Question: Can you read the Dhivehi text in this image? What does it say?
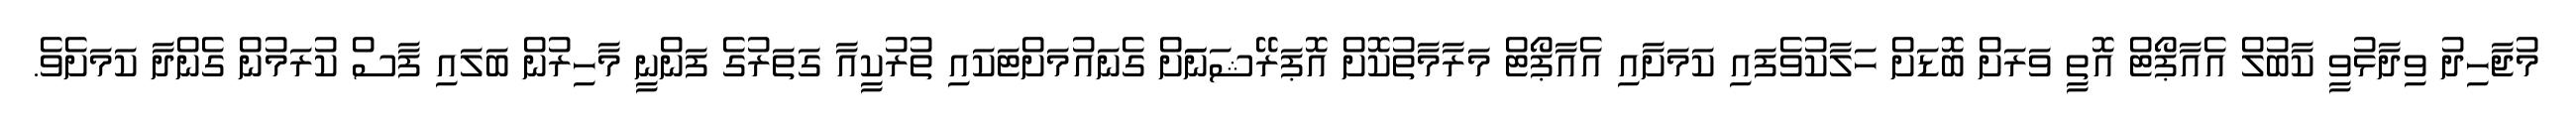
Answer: މުޖާހިދު ވިދާޅުވީ ކާބުލް އެއާޕޯޓް އޮތީ ވަރަށް ބޮޑަށް ހަލާކުވެފައި ކަމަށާއި އެއާޕޯޓް މަރާމާތުކޮށް އޮޕަރޭޝަނަަށް ގެނައުމަށްޓަކައި ތުރުކީއާ ގަތަރުގެ ފަންނީ މާހިރުން ބަލައި ފާސް ކުރަމުން ގެންދާ ކަމަށެވެ.